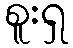
စူးရှ